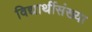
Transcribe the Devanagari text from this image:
विद्यार्थीसंख्या